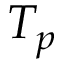
T _ { p }